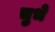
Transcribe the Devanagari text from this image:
चुभे